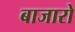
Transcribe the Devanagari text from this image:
बाजारो